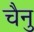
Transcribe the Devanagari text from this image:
चैनु